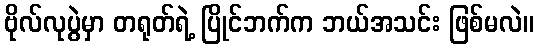
ဗိုလ်လုပွဲမှာ တရုတ်ရဲ့ ပြိုင်ဘက်က ဘယ်အသင်း ဖြစ်မလဲ။